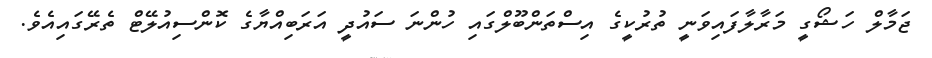
ޖަމާލް ހަޝޯގީ މަރާލާފައިވަނީ ތުރުކީގެ އިސްތަންބޫލްގައި ހުންނަ ސައުދީ އަރަބިއްޔާގެ ކޮންސިއުލޭޓް ތެރޭގައިއެވެ.